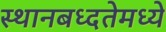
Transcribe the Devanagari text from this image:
स्थानबध्दतेमध्ये